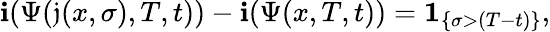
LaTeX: \mathbf{i}(\Psi(\mathfrak{{j}}(x,\sigma),T,t))-\mathbf{i}(\Psi(x,T,t))=\mathbf{{1}}_{\left\{ \sigma>(T-t)\right\} },